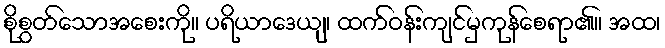
စိုစွတ်သောအစေးကို။ ပရိယာဒေယျ၊ ထက်ဝန်းကျင်မှကုန်စေရာ၏။ အထ၊